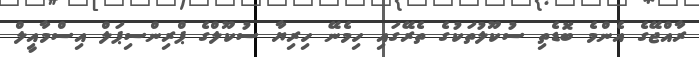
ރާއްޖޭގެ އެންމެ ބޮޑެތި ސުކޫލުތަކުގެ ތެރޭގައި ހިމެނޭ ހިރިޔާ ސުކޫލްގެ ޕްރިންސިޕަލް އިސްމާއީލް